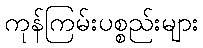
ကုန်ကြမ်းပစ္စည်းများ